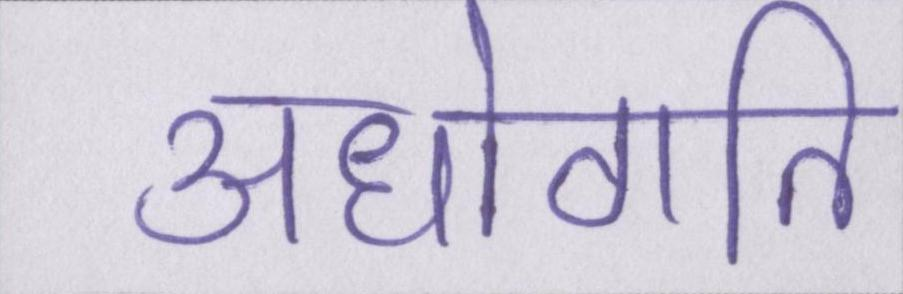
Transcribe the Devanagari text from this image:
अधोगति